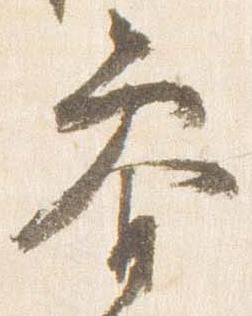
参